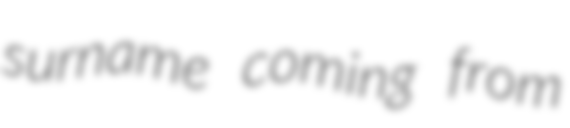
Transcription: surname coming from